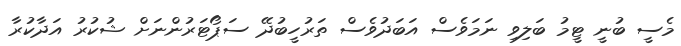
މެސީ ބުނީ ޓީމު ބަލިވި ނަމަވެސް އަބަދުވެސް ތަރުހީބުދޭ ސަޕޯޓަރުންނަށް ޝުކުރު އަދާކުރާ